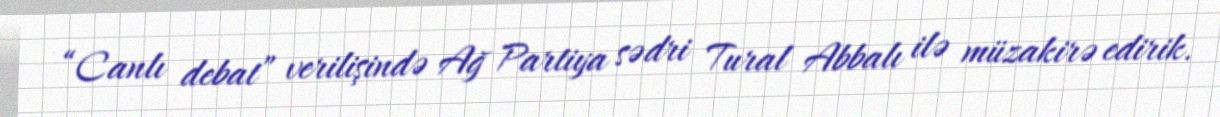
“Canlı debat” verilişində Ağ Partiya sədri Tural Abbalı ilə müzakirə edirik.